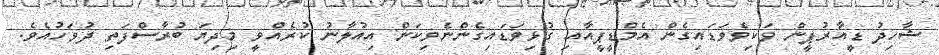
ޝާހިދު ޑީއާރުޕީން ވަކިވެވަޑައިގެން އެމްޑީޕީއާއި ގުޅިވަޑައިގެންނެވިކަން އިއުލާނު ކުރެއްވީ މިދިޔަ ބުރާސްފަތި ދުވަހުއެވެ.